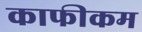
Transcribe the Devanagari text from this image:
काफीकम